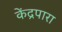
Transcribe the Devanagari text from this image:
केंद्रपारा